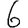
Digit: 6